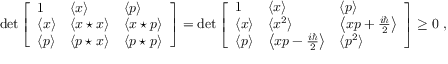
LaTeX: \operatorname* { d e t } { \left[ \begin{array} { l l l } { 1 } & { \langle x \rangle } & { \langle p \rangle } \\ { \langle x \rangle } & { \langle x \star x \rangle } & { \langle x \star p \rangle } \\ { \langle p \rangle } & { \langle p \star x \rangle } & { \langle p \star p \rangle } \end{array} \right] } = \operatorname* { d e t } { \left[ \begin{array} { l l l } { 1 } & { \langle x \rangle } & { \langle p \rangle } \\ { \langle x \rangle } & { \langle x ^ { 2 } \rangle } & { \left\langle x p + { \frac { i \hbar } { 2 } } \right\rangle } \\ { \langle p \rangle } & { \left\langle x p - { \frac { i \hbar } { 2 } } \right\rangle } & { \langle p ^ { 2 } \rangle } \end{array} \right] } \geq 0 ~ ,